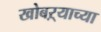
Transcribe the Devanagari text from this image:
खोबऱ्याच्या